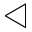
\triangleleft